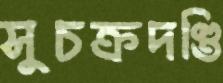
সুচক্রদণ্ডি